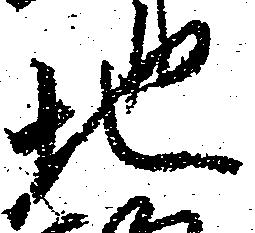
地